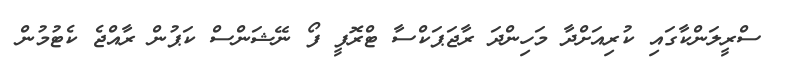
ސްރީލަންކާގައި ކުރިއަށްދާ މަހިންދަ ރާޖަޕަކްސާ ޓްރޮފީ ފޯ ނޭޝަންސް ކަޕުން ރާއްޖެ ކެޓުމުން